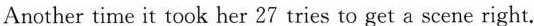
Another time it took her 27 tries to get a scene right.